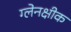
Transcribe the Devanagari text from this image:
ग्लेनक्षीक